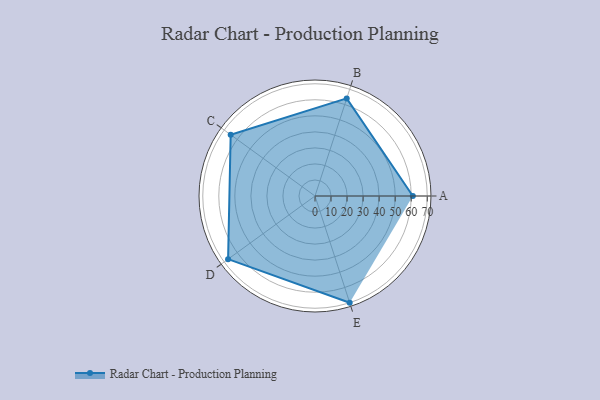
{"axis": {"x": "Skill", "y": "Score"}, "legend": ["Profile"], "data": [{"x": "A", "y": 61.0, "type": "Profile"}, {"x": "B", "y": 64.0, "type": "Profile"}, {"x": "C", "y": 65.0, "type": "Profile"}, {"x": "D", "y": 67.0, "type": "Profile"}, {"x": "E", "y": 70.0, "type": "Profile"}]}